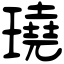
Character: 𤩊